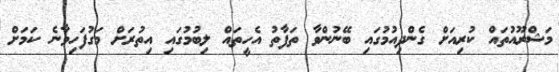
މަޝްރޫއުތައް ކުރިއަށް ގެންދިއުމުގައި ބޭނުންވާ ތަފާތު އެހީތައް ލިބުމުގައި އިތުރަށް މަގުފަހިވާނެ ކަމަށް